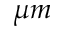
\mu m